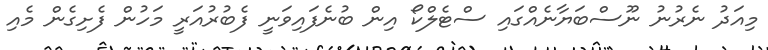
މިއަދު ނެރުނު ނޫސްބަޔާނެއްގައި ސްޓެލްކޯ އިން ބުނެފައިވަނީ ފެބުރުއަރީ މަހުން ފެށިގެން މެއި